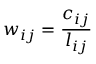
w _ { i j } = \frac { c _ { i j } } { l _ { i j } }